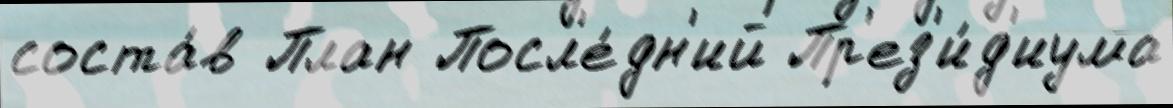
соста́в План Посл'е́дн'ий Пр'ез'и́д'иума